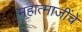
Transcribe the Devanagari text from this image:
महात्माजींचे